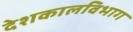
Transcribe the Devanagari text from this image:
देशकालविभाग